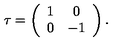
\tau = \left( \begin{array} { c c } { 1 } & { 0 } \\ { 0 } & { - 1 } \\ \end{array} \right) .